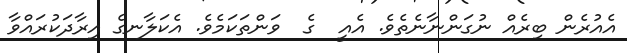
އެއުރެން ބިރެއް ނުގަންނާނެތެވެ. އެއީ  ގެ  ވަންތަކަމެވެ. އެކަލާނގެ އިރާދަކުރައްވާ